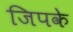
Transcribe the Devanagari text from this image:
जिपके